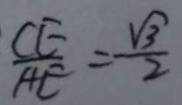
\frac { C E } { A E } = \frac { \sqrt { 3 } } { 2 }